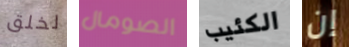
لخلق الصومال الكئيب إن